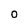
Character: 0